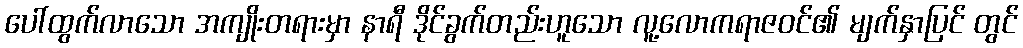
ပေါ်ထွက်လာသော အကျိုးတရားမှာ နာရီ ဒိုင်ခွက်တည်းဟူသော လူ့လောကရာဇဝင်၏ မျက်နှာပြင် တွင်